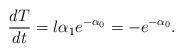
LaTeX: \begin{align*}\frac{dT}{d t}=l \alpha_1 e^{-\alpha_0}=- e^{-\alpha_0}.\end{align*}